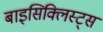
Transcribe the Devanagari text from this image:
बाइसिक्लिस्ट्स